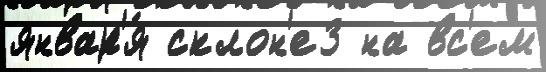
январ'я́ склон'е3 на вс'ем